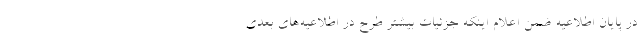
در پایان اطلاعیه ضمن اعلام اینکه جزئیات بیشتر طرح در اطلاعیه‌های بعدی